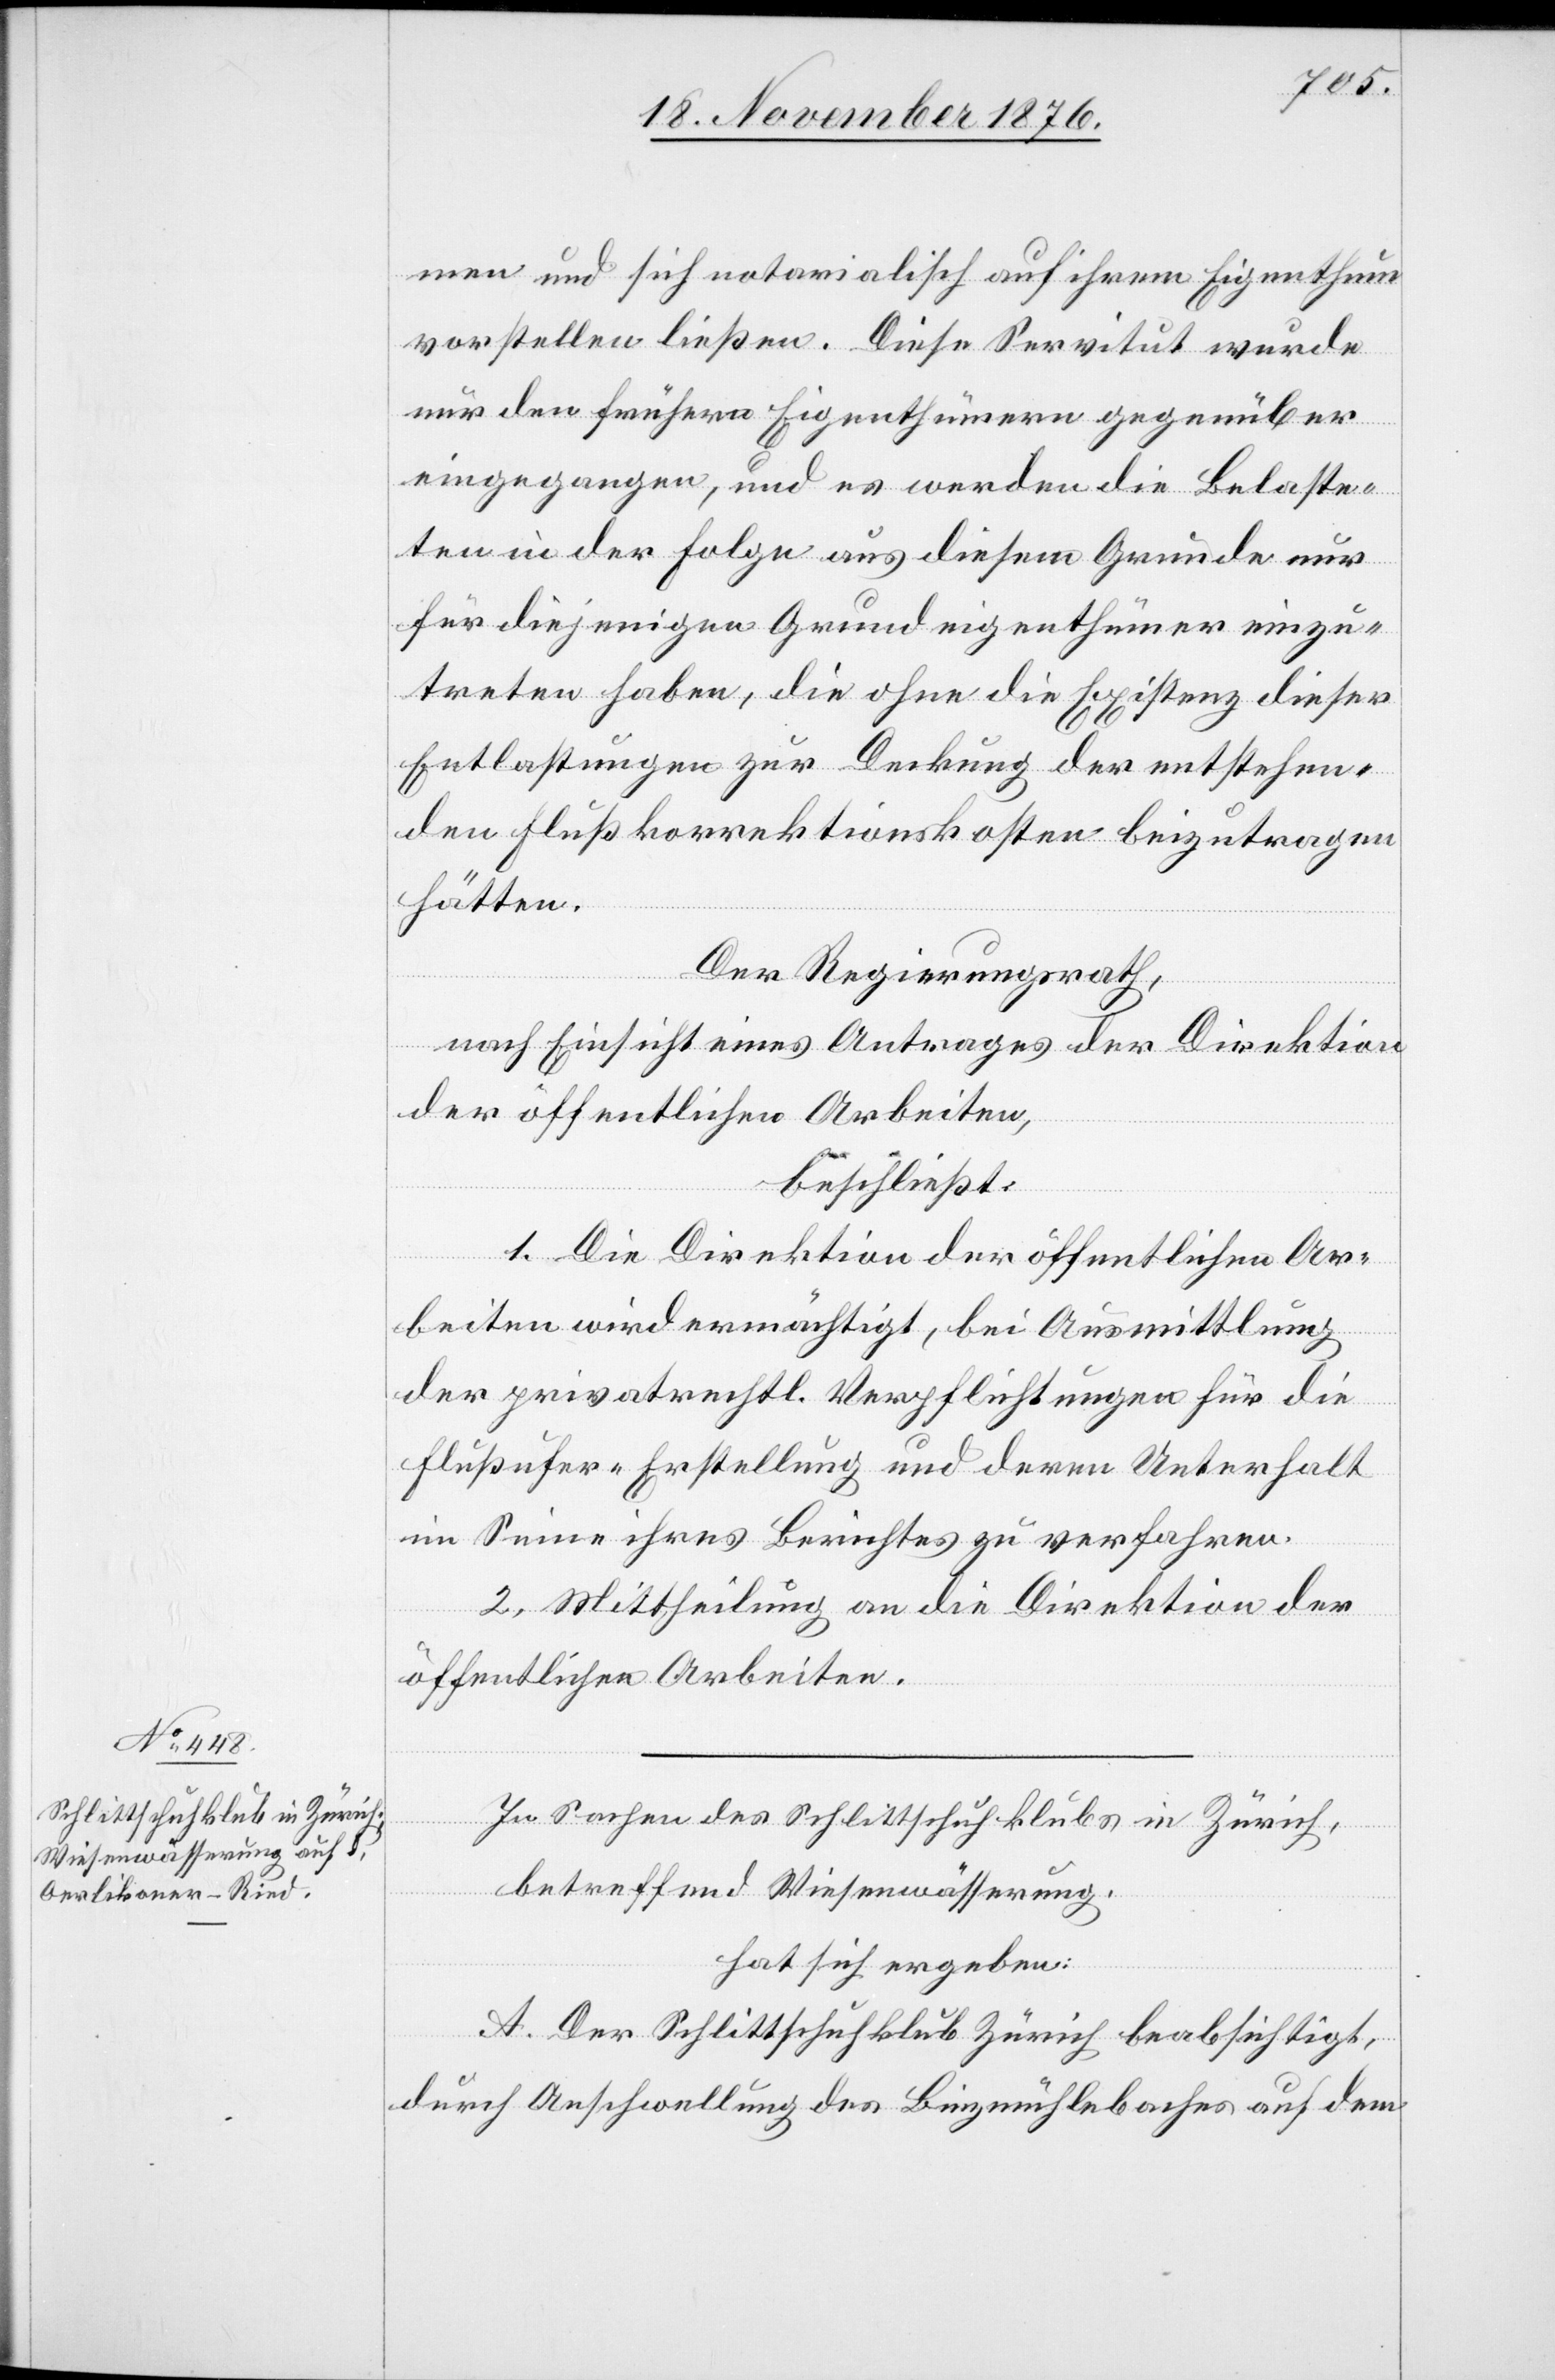
men und sich notarialisch auf ihrem Eigenthum
vorstellen ließen. Diese Servitut wurde
nur den frühern Eigenthümer gegenüber
eingegangen, und es werden die Belaste¬
ten in der Folge aus diesem Grunde nur
für diejenigen Grundeigenthümer einzu¬
treten haben, die ohne die Existenz dieser
Entlastungen zur Deckung der entstehen¬
den Flußkorrektionskosten beizutragen
hätten.
Der Regierungsrath,
nach Einsicht eines Antrages der Direktion
der öffentlichen Arbeiten,
beschließt:
1. Die Direktion der öffentlichen Ar¬
beiten wird ermächtigt, bei Ausmittlung
der privatrechtl. Verpflichtungen für die
Flußufer-Erstellung und deren Unterhalt
im Sinne ihres Berichtes zu verfahren.
2. Mittheilung an die Direktion der
öffentlichen Arbeiten.
In Sachen des Schlittschuhklubs in Zürich,
betreffend Wiesenwässerung,
hat sich ergeben:
A. Der Schlittschuhklub Zürich beabsichtigt,
durch Anschwellung des Binzmühlebaches auf dem